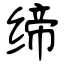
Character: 缔